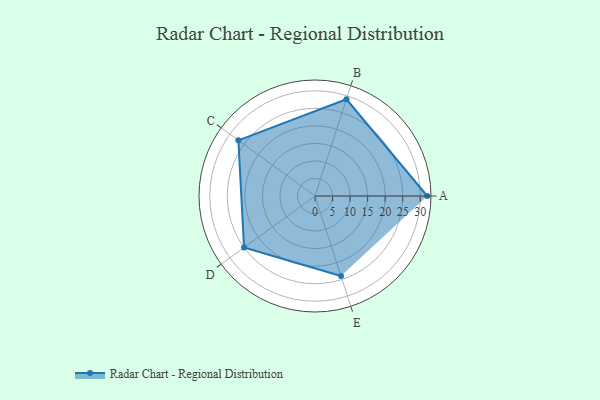
{"axis": {"x": "Skill", "y": "Score"}, "legend": ["Profile"], "data": [{"x": "A", "y": 32.0, "type": "Profile"}, {"x": "B", "y": 29.0, "type": "Profile"}, {"x": "C", "y": 27.0, "type": "Profile"}, {"x": "D", "y": 25.0, "type": "Profile"}, {"x": "E", "y": 24.0, "type": "Profile"}]}